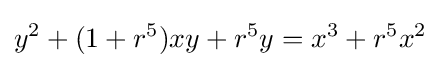
y^{2}+(1+r^{5})xy+r^{5}y=x^{3}+r^{5}x^{2}